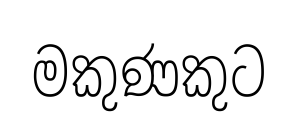
මකුණකුට